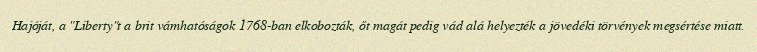
Hajóját, a "Liberty"t a brit vámhatóságok 1768-ban elkobozták, őt magát pedig vád alá helyezték a jövedéki törvények megsértése miatt.